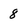
Character: 8